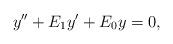
LaTeX: \begin{align*} y'' + E_1 y' + E_0 y = 0,\end{align*}